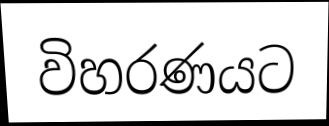
විහරණයට